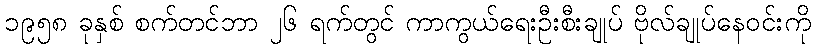
၁၉၅၈ ခုနှစ် စက်တင်ဘာ ၂၆ ရက်တွင် ကာကွယ်ရေးဦးစီးချုပ် ဗိုလ်ချုပ်နေဝင်းကို